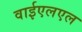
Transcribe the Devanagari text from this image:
वाईएलएल